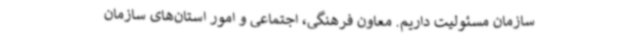
سازمان مسئولیت داریم. معاون فرهنگی، اجتماعی و امور استان‌های سازمان